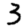
Digit: 3